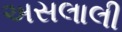
અસલાલી